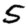
Digit: 5